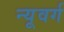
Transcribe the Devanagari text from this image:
न्यूवर्ग